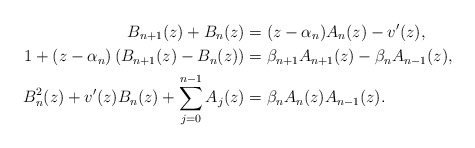
\begin{align*}B_{n+1}(z)+B_n(z)&=(z-\alpha_n)A_n(z)-v'(z),\\1+(z-\alpha_n)\left(B_{n+1}(z)-B_n(z)\right)&=\beta_{n+1}A_{n+1}(z)-\beta_n A_{n-1}(z),\\B_n^2(z)+v'(z)B_n(z)+\sum\limits^{n-1}_{j=0}A_j(z)&=\beta_nA_n(z)A_{n-1}(z).\end{align*}